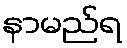
နာမည်ရ